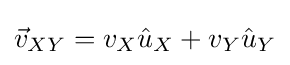
{\vec {v}}_{XY}=v_{X}{\hat {u}}_{X}+v_{Y}{\hat {u}}_{Y}